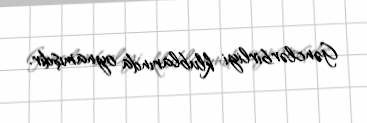
Gənclərbirliyi klublarında oynamışdır.